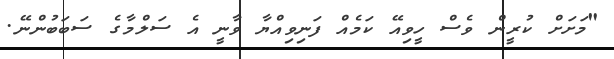
"މަށަށް ކުރީން ވެސް ހީވިއޭ ކަމެއް ފަނިވިއްޔާ ވާނީ އެ ސަލްމާގެ ސަބަބުންނޭ.